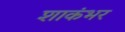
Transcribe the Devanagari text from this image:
शाकंभर